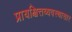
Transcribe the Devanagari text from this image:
प्रायश्चित्तव्यवस्थासार